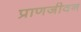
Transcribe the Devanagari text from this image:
प्राणजीवन